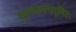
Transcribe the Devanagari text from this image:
दुष्टसंकल्पदूषितः